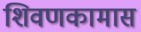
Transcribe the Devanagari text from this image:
शिवणकामास